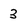
Character: 3